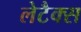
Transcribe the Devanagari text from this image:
लेटैक्स